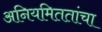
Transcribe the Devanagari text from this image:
अनियमिततांचा